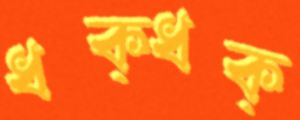
ধক্‌ধক্‌